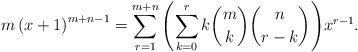
LaTeX: \begin{align*} m \left( x+1 \right)^{m+n-1} = \sum_{r=1}^{m+n}{{ \left( \sum_{k=0}^{r}{k{m \choose k}{n \choose r-k}} \right) }x^{r-1}}. \end{align*}